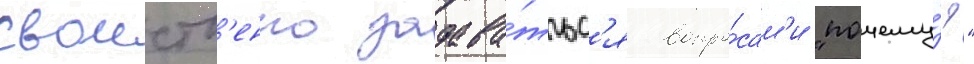
своиств'енно задава́тьс'я вопро́сам'и "почему́?"